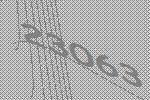
23063